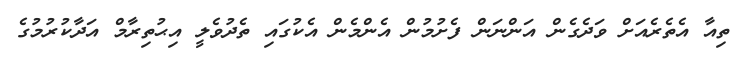
ތިއާ އެތެރެއަށް ވަދެގެން އަންނަން ފެށުމުން އެންމެން އެކުގައި ތެދުވެލީ އިޙުތިރާމް އަދާކުރުމުގެ